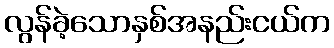
လွန်ခဲ့သောနှစ်အနည်းငယ်က